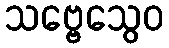
သဗ္ဗေသွေဝ